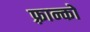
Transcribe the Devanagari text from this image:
फ़्रान्को